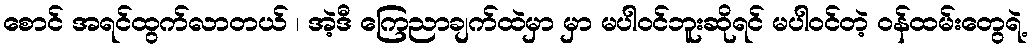
စောင် အရင်ထွက်လာတယ် ၊ အဲ့ဒီ ကြေညာချက်ထဲမှာ မှာ မပါဝင်ဘူးဆိုရင် မပါဝင်တဲ့ ဝန်ထမ်းတွေရဲ့